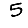
Digit: 5